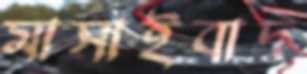
মাসাইবাদ